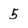
Character: 5